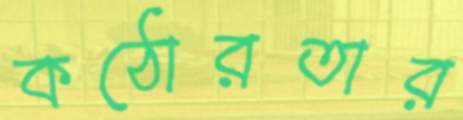
কঠোরতার